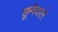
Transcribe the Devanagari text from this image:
छूनेवाले